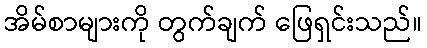
အိမ်စာများကို တွက်ချက် ဖြေရှင်းသည်။